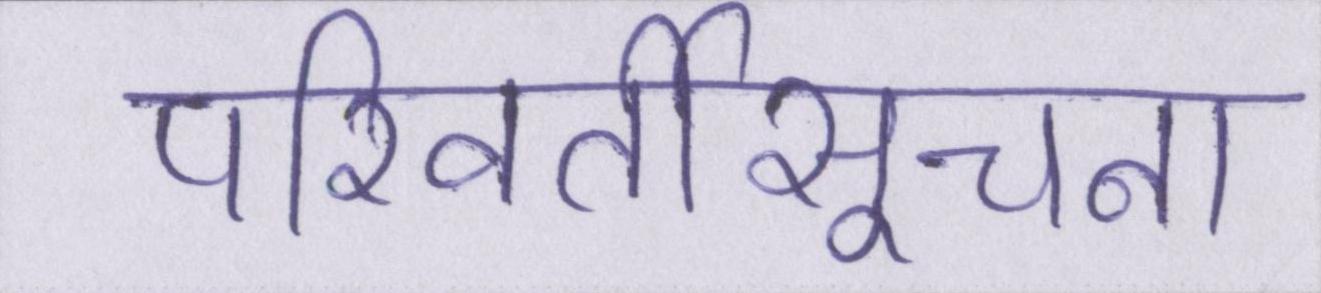
परिवर्तीसूचना